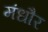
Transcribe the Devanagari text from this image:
मंधौर